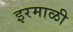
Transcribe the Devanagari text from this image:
इरमाळी